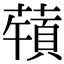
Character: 𦽀